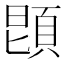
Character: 𩒝